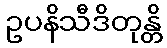
ဥပနိသီဒိတုန္တိ